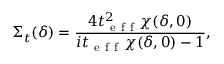
\Sigma _ { t } ( \delta ) = \frac { 4 t _ { \mathrm { ~ e ~ f ~ f ~ } } ^ { 2 } \chi ( \delta , 0 ) } { i t _ { \mathrm { ~ e ~ f ~ f ~ } } \chi ( \delta , 0 ) - 1 } ,